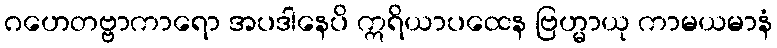
ဂဟေတဗ္ဗာကာရော အပဒါနေပိ ဣရိယာပထေန ဗြဟ္မာယု ကာမယမာနံ